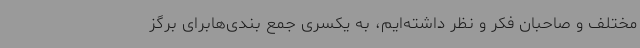
مختلف و صاحبان فکر و نظر داشته‌ایم، به یکسری جمع بندی‌هابرای برگز